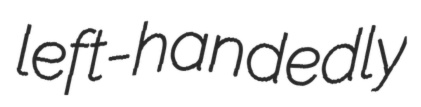
left-handedly